Report on the bubonic plague in Bombay, 1896-1897
Year: 1896
Disease focus: Plague
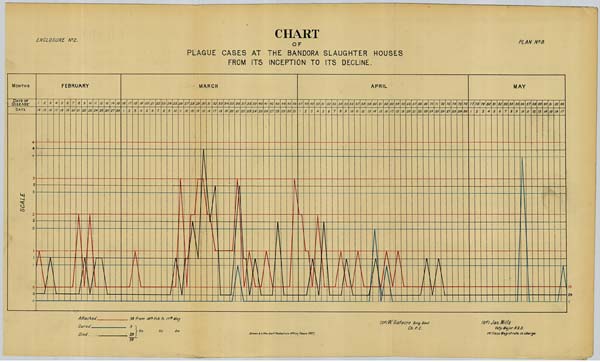
CHART
CHART ENCLOSURE No. 2. PLAN No. 9.
PLAGUE CASES AT THE BANDORA SLAUGHTER HOUSES
FROM ITS INCEPTION TO ITS DECLINE.
(Sd.) W. Gatacre Brig. Genl. (Sd.) Jas. Mills
Ch.
P. C.
Vety:
Major A.V.D.
Drawn & Litho: Govt. Photozinco: Office, Poona 1897. 1st. Class Magistrate in charges.